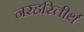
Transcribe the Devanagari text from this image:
नरहरितीर्थ